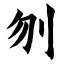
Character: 刎